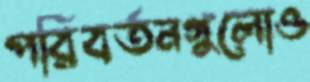
পরিবর্তনগুলোও